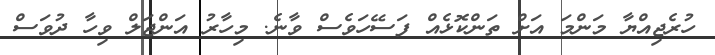
ހުރެޖިއްޔާ މަންމަ އަށް ތަންކޮޅެއް ފަސޭހަވެސް ވާނެ. މިހާރު އަންޖަލް ވިހާ ދުވަސް